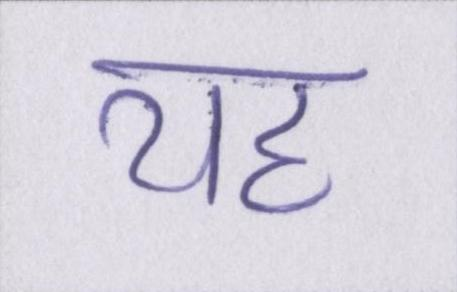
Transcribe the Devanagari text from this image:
यह